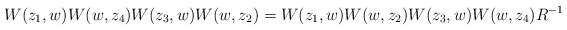
\begin{align*}W(z_1,w)W(w,z_4)W(z_3,w)W(w,z_2)=W(z_1,w)W(w,z_2)W(z_3,w)W(w,z_4)R^{-1}\end{align*}